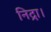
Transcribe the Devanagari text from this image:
निद्रा।